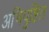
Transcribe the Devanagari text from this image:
अभिपुष्टित